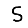
Digit: 5